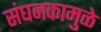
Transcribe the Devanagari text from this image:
संघनकामुळे